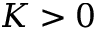
K > 0